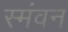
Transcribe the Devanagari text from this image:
स्मंवन